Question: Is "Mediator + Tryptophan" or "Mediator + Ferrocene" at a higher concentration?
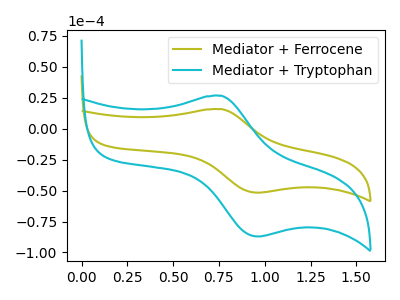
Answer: <think>The olive curve "Mediator + Ferrocene" has an anodic peak at (0.75V, 15.75uA) and a cathodic peak at (0.95V, -51.70uA). The cyan curve "Mediator + Tryptophan" has an anodic peak at (0.75V, 26.50uA) and a cathodic peak at (0.95V, -87.05uA).
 All the peaks in "Mediator + Tryptophan" have a peak in "Mediator + Ferrocene" at the same potential. Every peak in "Mediator + Tryptophan" is higher than every peak in "Mediator + Ferrocene".</think>
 <answer>"Mediator + Tryptophan" has more signal than "Mediator + Ferrocene" and so likely has a higher concentration.</answer>
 <eval>more_concentration</eval>